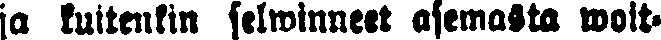
ja kuitenkin selwinneet asemasta woit-